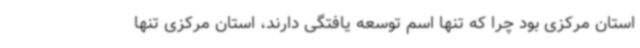
استان مرکزی بود چرا که تنها اسم توسعه یافتگی دارند، استان مرکزی تنها